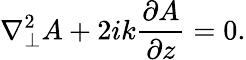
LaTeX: \nabla_{\perp}^{2}A+2ik{\frac{\partial A}{\partial z}}=0.